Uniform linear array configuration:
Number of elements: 4
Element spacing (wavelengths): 0.5
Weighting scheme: hamming
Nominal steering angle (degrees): -45
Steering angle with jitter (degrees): -44.78
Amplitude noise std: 0.05
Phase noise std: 0.05

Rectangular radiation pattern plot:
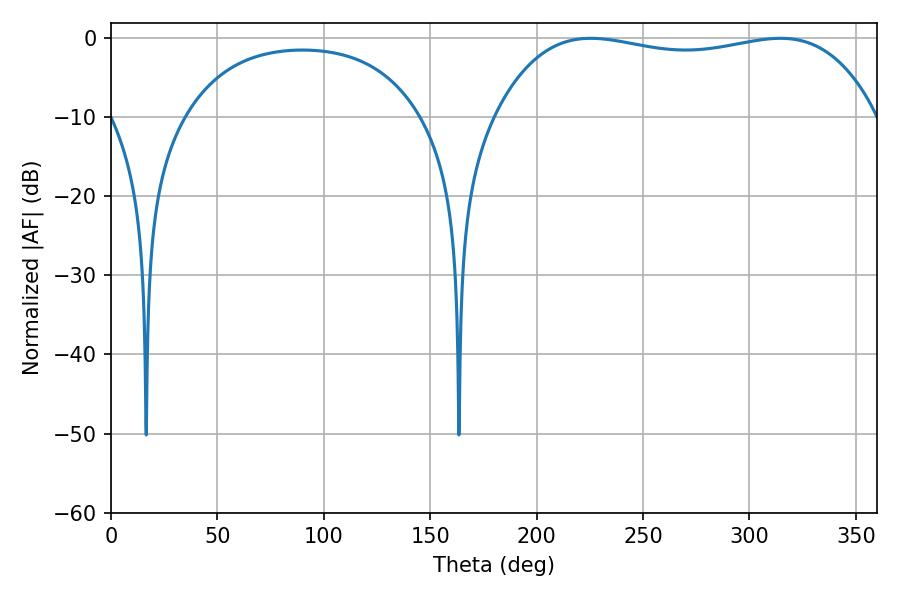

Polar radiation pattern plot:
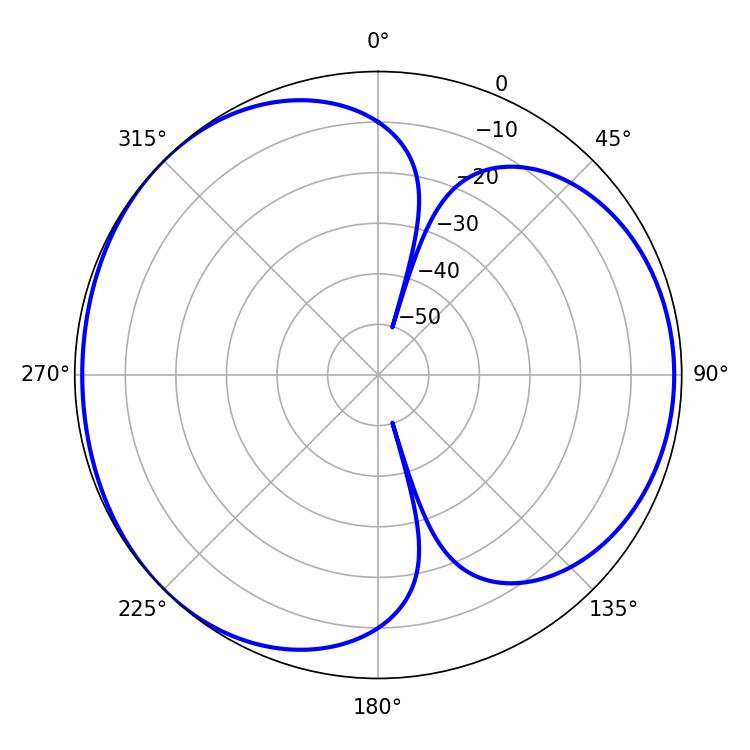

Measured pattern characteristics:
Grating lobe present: FALSE
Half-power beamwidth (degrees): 144.36
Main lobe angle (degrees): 225.36